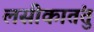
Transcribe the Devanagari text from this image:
लसीकातंतु